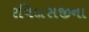
રવિદાસજીના